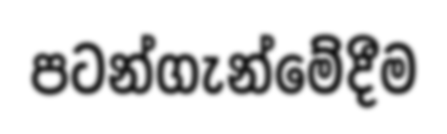
පටන්ගැන්මේදීම